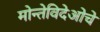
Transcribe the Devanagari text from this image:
मोन्तेविदेओचे